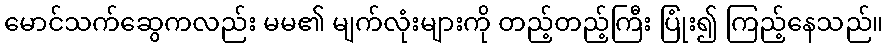
မောင်သက်ဆွေကလည်း မမ၏ မျက်လုံးများကို တည့်တည့်ကြီး ပြုံး၍ ကြည့်နေသည်။